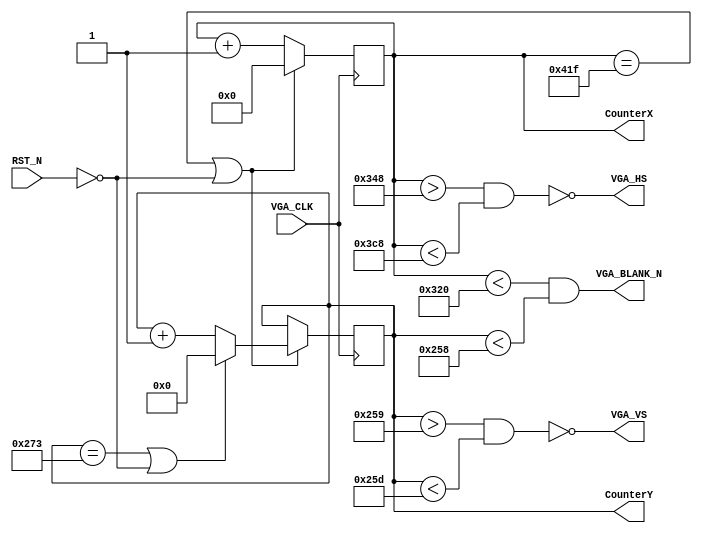
/*
 *		Module		:	HVSync Generator Block
 * 	Description	: 	This Block Generates proper V/H Sync signals
							for defined timing constrains
 *		Inputs		: 	VGA_CLK	=> Main Board FPGA Clock
 *						:	RESET_N 	=> Reset Signal
 *
 *		Outputs		: 	CounterXY	=> V/H Counters 
 * 					:	VGA_HVSync 	=> 2 Sync Singanls to the VGA Port Pins
 * 					:	inDisplay 	=> Logic Singal informing other blocks
 * 											that counters in the DisplayArea
 *		Owner			: 	Ataberk KL
 */

module HVSync_Generator
#(
	 parameter CNTR_WIDTH_V = 10,
	 parameter CNTR_WIDTH_H = 11,
	 
	 parameter FRONT_PORCH_H = 40,
	 parameter BACK_PORCH_H = 88,
	 parameter SYNC_PULSE_H = 128,
	 parameter VISIBLE_H = 800,
	 
	 parameter FRONT_PORCH_V = 1,
	 parameter BACK_PORCH_V = 23,
	 parameter SYNC_PULSE_V = 4,
	 parameter VISIBLE_V = 600
)(
    input VGA_CLK,
	 input RST_N,
    output wire VGA_HS,
    output wire VGA_VS,
    output wire VGA_BLANK_N,
    output reg  [CNTR_WIDTH_H-1:0] CounterX,
    output reg  [CNTR_WIDTH_V-1:0] CounterY
  );
	 
	 initial
		begin
			CounterX = 0;
			CounterY = 0;
		end
	 
	 localparam WHOLE_H = FRONT_PORCH_H + BACK_PORCH_H + SYNC_PULSE_H + VISIBLE_H;
	 localparam WHOLE_V = FRONT_PORCH_V + BACK_PORCH_V + SYNC_PULSE_V + VISIBLE_V;
	 
    wire CounterXmaxed;
    wire CounterYmaxed;
	 
	 assign CounterXmaxed = (CounterX == WHOLE_H-1);
	 assign CounterYmaxed = (CounterY == WHOLE_V-1);
	 
	 
    always @(negedge VGA_CLK)
		 if (CounterXmaxed | (!RST_N))
				begin
					CounterX <= 0;
				  if(CounterYmaxed | (!RST_N))
					 CounterY <= 0;
				  else
					 CounterY <= CounterY + 10'd1;
				end
		 else
			CounterX <= CounterX + 11'd1;
/*			
	always @(posedge VGA_CLK)
		begin
			if(!RST_N)
				begin
					vga_HS <= 0;
					vga_VS <= 0;
				end
			else
				begin
					vga_HS <= (CounterX > (VISIBLE_H + FRONT_PORCH_H) & (CounterX < (VISIBLE_H + FRONT_PORCH_H + SYNC_PULSE_H)));   // active for SYNC_PULSE_H clocks
					vga_VS <= (CounterY > (VISIBLE_V + FRONT_PORCH_V) & (CounterY < (VISIBLE_V + FRONT_PORCH_V + SYNC_PULSE_V)));   // active for SYNC_PULSE_V clocks
				end
		end
*/		
	assign VGA_HS = ~(CounterX > (VISIBLE_H + FRONT_PORCH_H) & (CounterX < (VISIBLE_H + FRONT_PORCH_H + SYNC_PULSE_H)));
   assign VGA_VS = ~(CounterY > (VISIBLE_V + FRONT_PORCH_V) & (CounterY < (VISIBLE_V + FRONT_PORCH_V + SYNC_PULSE_V)));
	assign VGA_BLANK_N = (CounterX < VISIBLE_H) & (CounterY < VISIBLE_V);
	

endmodule